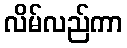
လိမ်လည်ကာ